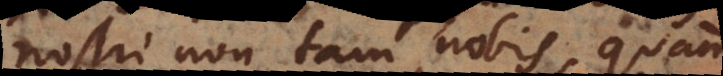
nostri non tam nobis, quam